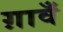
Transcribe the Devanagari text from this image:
ग़ावँ